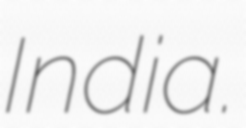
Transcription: India.